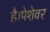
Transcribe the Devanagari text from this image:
है।पेशेवर